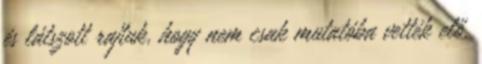
és látszott rajtuk, hogy nem csak mutatóba vették elő.